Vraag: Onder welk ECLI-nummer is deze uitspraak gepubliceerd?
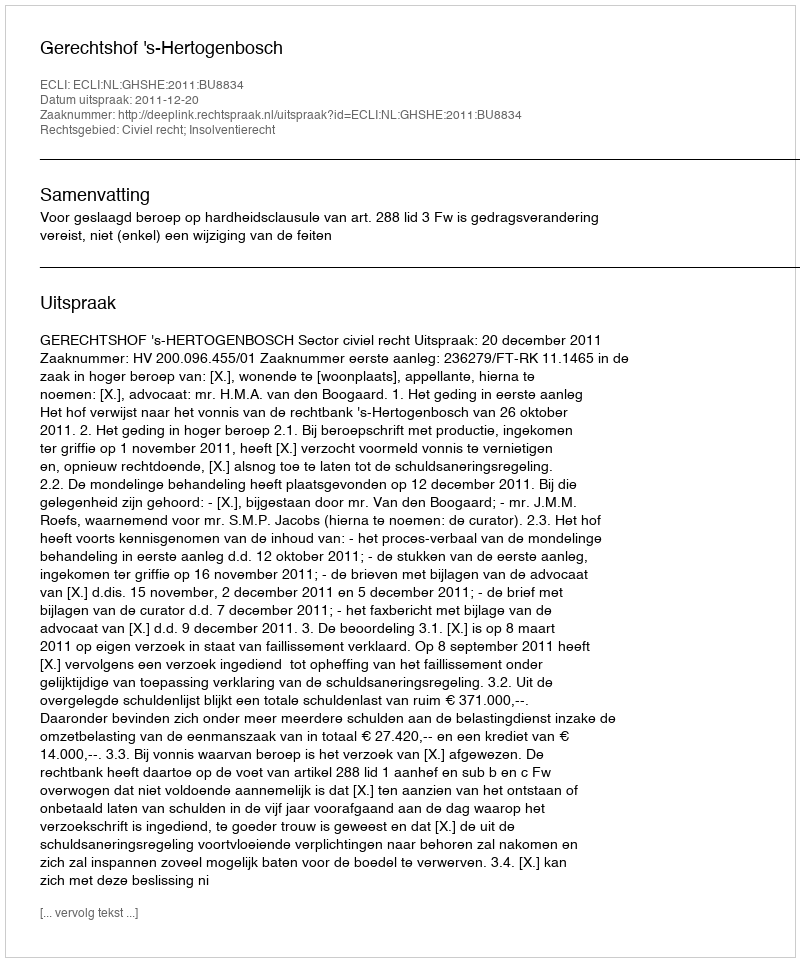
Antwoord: ECLI:NL:GHSHE:2011:BU8834